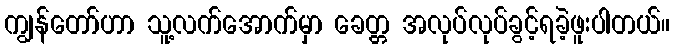
ကျွန်တော်ဟာ သူ့လက်အောက်မှာ ခေတ္တ အလုပ်လုပ်ခွင့်ရခဲ့ဖူးပါတယ်။